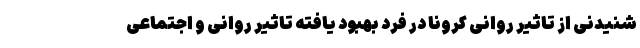
شنیدنی از تاثیر روانی کرونا در فرد بهبود یافته تاثیر روانی و اجتماعی